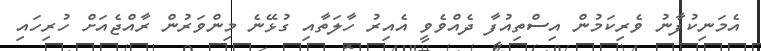
އެމަނިކުފާނު ވެރިކަމުން އިސްތިއުފާ ދެއްވެވީ އެއިރު ހާލަތާއި ގުޅޭނެ މިންވަރުން ރާއްޖެއަށް ހުރިހައި